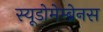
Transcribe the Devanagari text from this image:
स्यूडोमेम्ब्रेनस